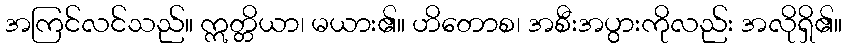
အကြင်လင်သည်။ ဣတ္တိယာ၊ မယား၏။ ဟိတောစ၊ အစီးအပွားကိုလည်း အလိုရှိ၏။